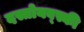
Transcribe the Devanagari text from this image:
दस्तोयव्स्की